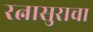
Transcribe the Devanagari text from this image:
रत्नासुराचा